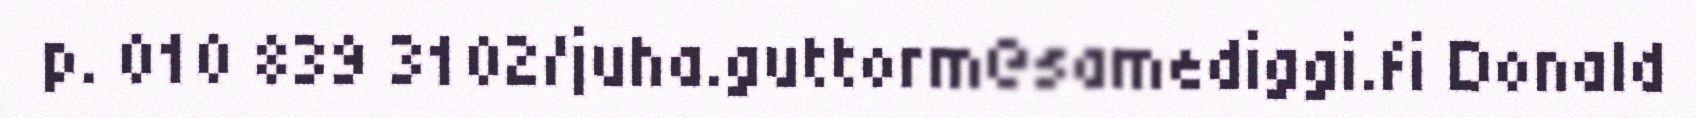
p. 010 839 3102/juha.guttorm@samediggi.fi Donald